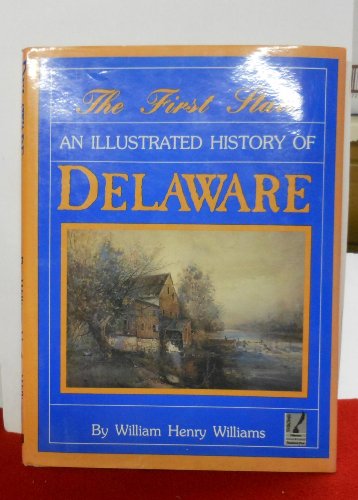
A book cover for The First State: An Illustrated History of Delaware; William Henry Williams; Travel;